Leaving Certificate Examination (including Day School Certificate (Higher) General paper), 1926
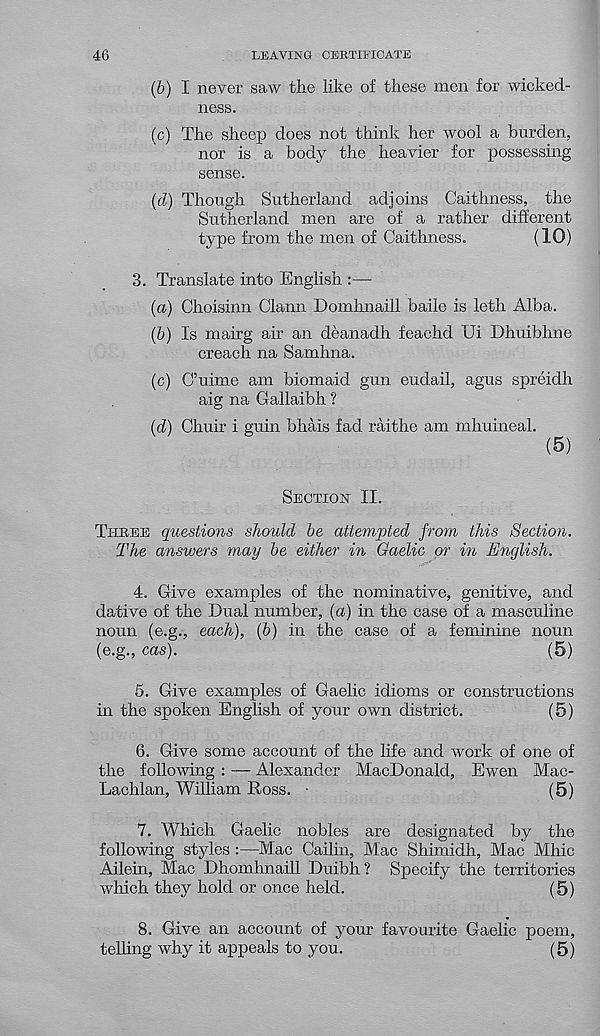
46
LEAVING CERTIFICATE
(6) I never saw the like of these men for wicked-
ness.
(c) The sheep does not think her wool a burden,
nor is a body the heavier for possessing
sense.
(d) Though Sutherland adjoins Caithness, the
Sutherland men are of a rather different
type from the men of Caithness.
(10)
3. Translate into English :—
(a) Choisinn Clann Domhnaill baile is leth Alba.
(b) Is mairg air an deanadh feachd Ui Dhuibhne
creach na Samhna.
(c) C’uime am biomaid gun eudail, agus spreidh
aig na Gallaibh ?
(d) Chuir i guin bhais fad raithe am mhuineal.
(5)
Section II.
Three questions should be attempted from this Section.
The answers may be either in Gaelic or in English.
4. Give examples of the nominative, genitive, and
dative of the Dual number, (a) in the case of a masculine
noun (e.g., each), (b) in the case of a feminine noun
(e.g., cas).
(5)
5. Give examples of Gaelic idioms or constructions
in the spoken English of your own district.
(5)
6. Give some account of the life and work of one of
the following : — Alexander MacDonald, Ewen Mac-
Lachlan, William Ross. •
(5)
7. Which Gaelic nobles are designated by the
following styles :—Mac Cailin, Mac Shimidh, Mac Mine
Ailein, Mac Dhomhnaill Duibh ? Specify the territories
which they hold or once held.
(5)
8. Give an account of your favourite Gaelic poem,
telling why it appeals to you.
(5)